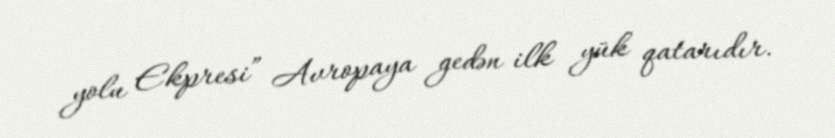
yolu Ekpresi” Avropaya gedən ilk yük qatarıdır.